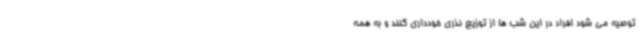
توصیه می شود افراد در این شب ها از توزیع نذری خودداری کنند و به همه